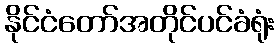
နိုင်ငံတော်အတိုင်ပင်ခံရုံး